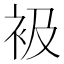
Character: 衱